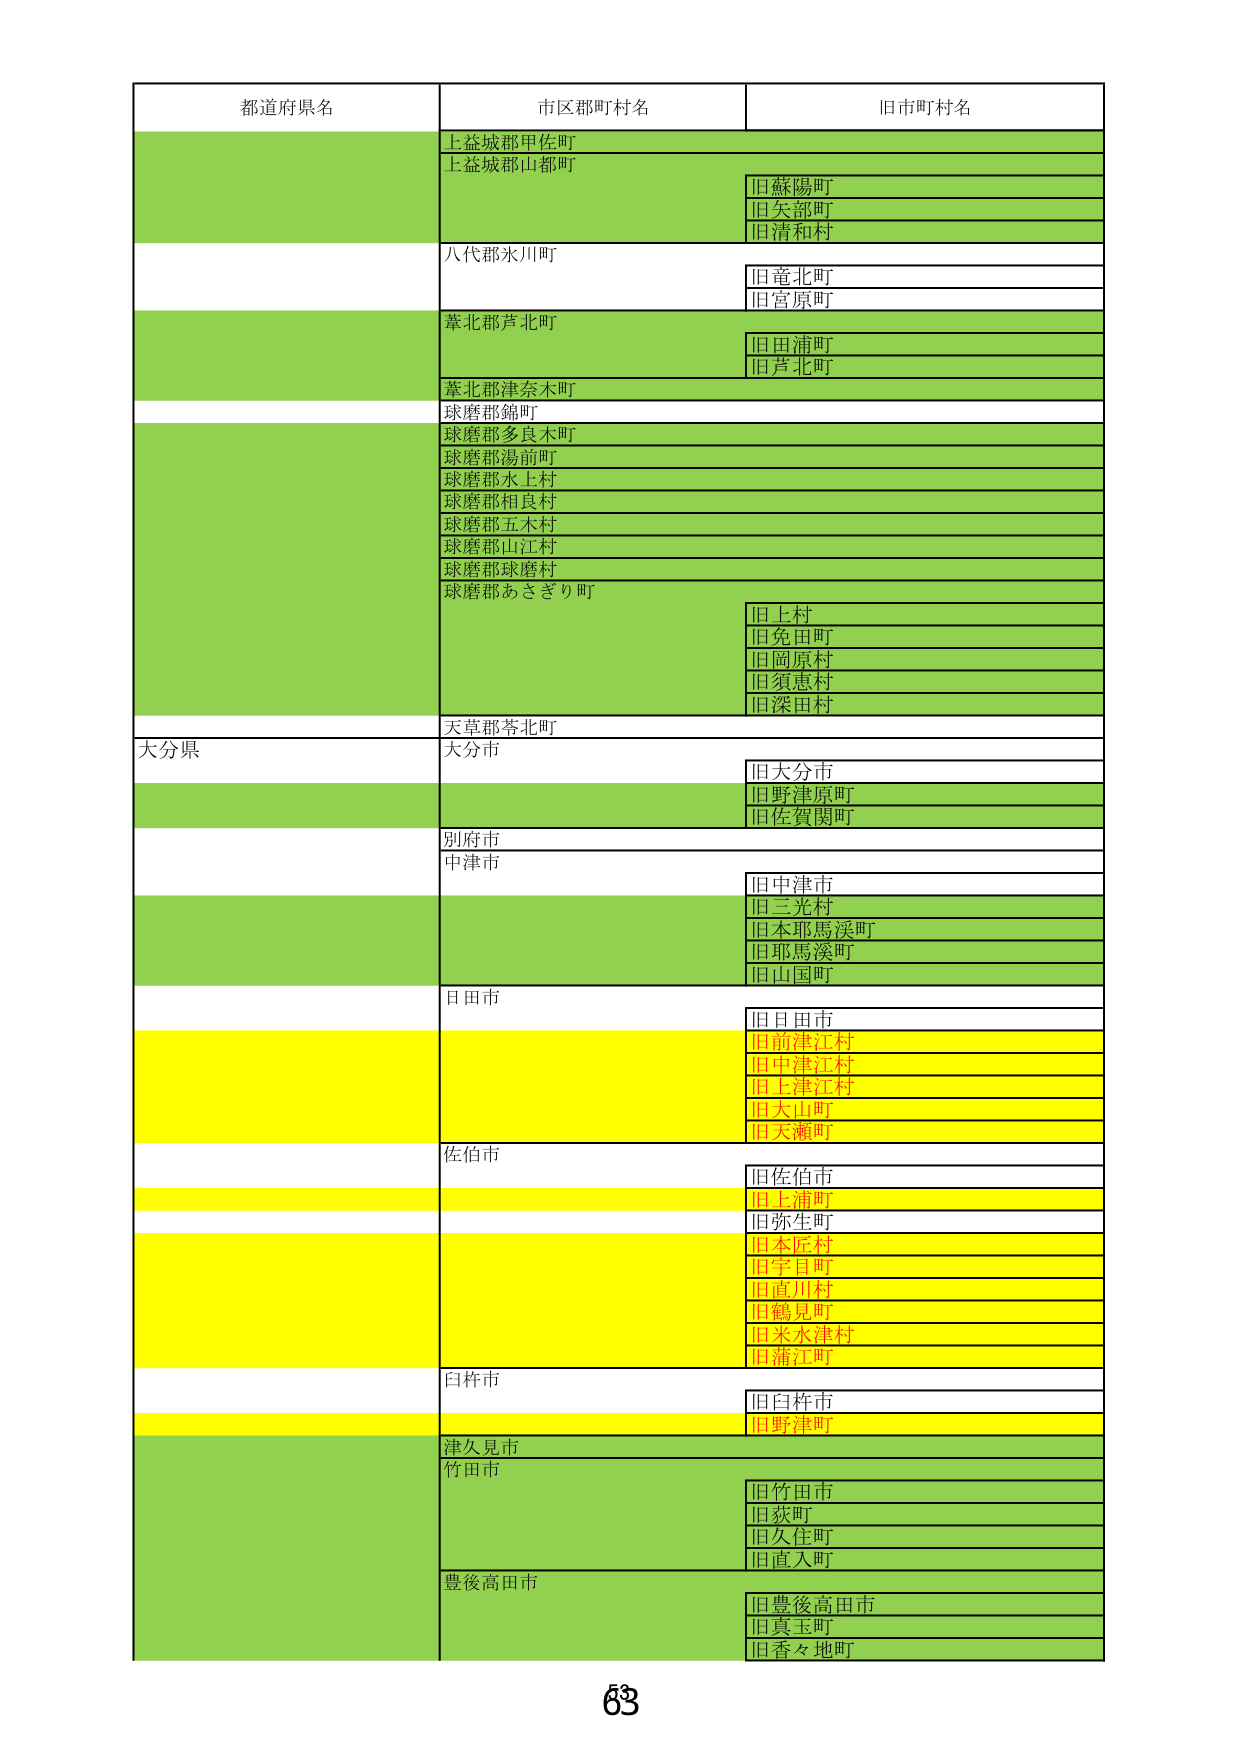
都道府県名
市区郡町村名
旧市町村名
上益城郡甲佐町
上益城郡山都町
旧蘇陽町
旧矢部町
旧清和村
八代郡氷川町
旧竜北町
旧宮原町
葦北郡芦北町
旧田浦町
旧芦北町
葦北郡津奈木町
球磨郡錦町
球磨郡多良木町
球磨郡湯前町
球磨郡水上村
球磨郡相良村
球磨郡五木村
球磨郡山江村
球磨郡球磨村
球磨郡あさぎり町
旧上村
旧免田町
旧岡原村
旧須恵村
旧深田村
天草郡苓北町
大分県
大分市
旧大分市
旧野津原町
旧佐賀関町
別府市
中津市
旧中津市
旧三光村
旧本耶馬渓町
旧耶馬渓町
旧山国町
日田市
旧日田市
旧前津江村
旧中津江村
旧上津江村
旧大山町
旧天瀬町
佐伯市
旧佐伯市
旧上浦町
旧弥生町
旧本匠村
旧宇目町
旧直川村
旧鶴見町
旧米水津村
旧蒲江町
臼杵市
旧臼杵市
旧野津町
津久見市
竹田市
旧竹田市
旧荻町
旧久住町
旧直入町
豊後高田市
旧豊後高田市
旧真玉町
旧香々地町
63